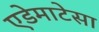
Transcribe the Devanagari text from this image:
एडेमाटेसा